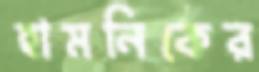
হামনিকের